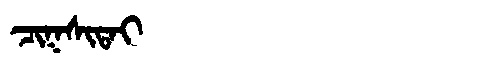
Manchu: ᠴᡳᡴᠰᡳᡨᠠᡳ
Romanization: CIKSITAI